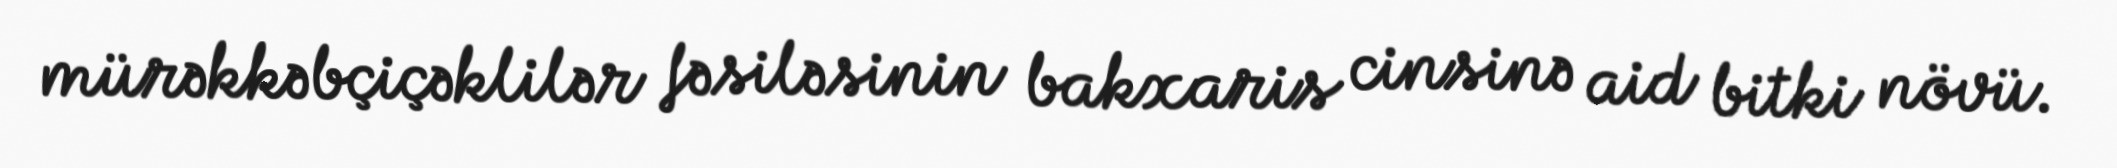
mürəkkəbçiçəklilər fəsiləsinin bakxaris cinsinə aid bitki növü.